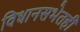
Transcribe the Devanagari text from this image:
विधानसभेतही